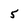
Character: 5